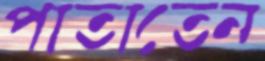
পাতাতেন